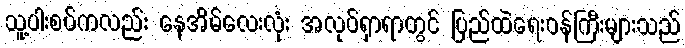
သူ့ပါးစပ်ကလည်း နေအိမ်လေးလုံး အလုပ်ရှာရာတွင် ပြည်ထဲရေးဝန်ကြီးများသည်